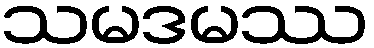
သမဒမဿ